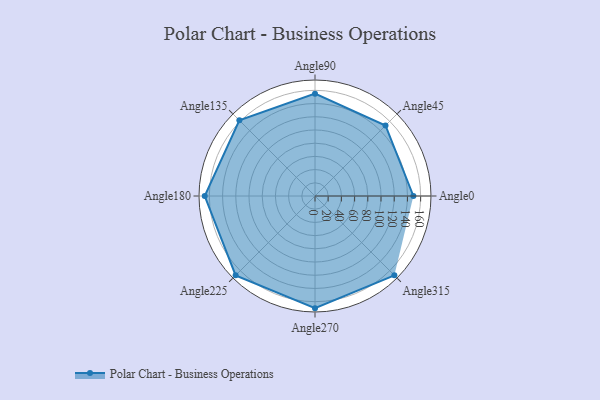
{"axis": {"x": "Angle", "y": "Radius"}, "legend": [""], "data": [{"x": "Angle0", "y": 149.0, "type": ""}, {"x": "Angle45", "y": 151.0, "type": ""}, {"x": "Angle90", "y": 155.0, "type": ""}, {"x": "Angle135", "y": 162.0, "type": ""}, {"x": "Angle180", "y": 167.0, "type": ""}, {"x": "Angle225", "y": 170, "type": ""}, {"x": "Angle270", "y": 170, "type": ""}, {"x": "Angle315", "y": 170, "type": ""}]}